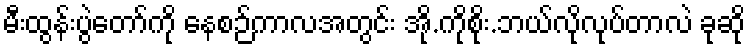
မီးထွန်းပွဲတော်ကို နေစဉ်ကာလအတွင်း အို.ကိုစိုး.ဘယ်လိုလုပ်တာလဲ ခုဆို